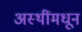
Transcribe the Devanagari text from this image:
अस्थींमधून